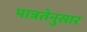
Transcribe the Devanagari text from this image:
पात्रतेनुसार